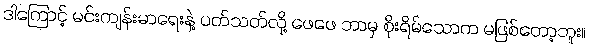
ဒါကြောင့် မင်းကျန်းမာရေးနဲ့ ပတ်သတ်လို့ ဖေဖေ ဘာမှ စိုးရိမ်သောက မဖြစ်တော့ဘူး။